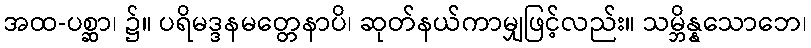
အထ-ပစ္ဆာ၊ ၌။ ပရိမဒ္ဒနမတ္တေနာပိ၊ ဆုတ်နယ်ကာမျှဖြင့်လည်း။ သမ္ဘိန္နသောဘေ၊